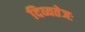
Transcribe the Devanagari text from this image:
दिव्यतेजः